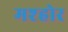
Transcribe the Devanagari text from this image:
मश्होर